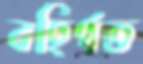
বহির্গত